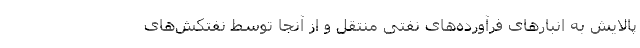
پالایش به انبارهای فرآورده‌های نفتی منتقل و از آنجا توسط نفتکش‌های